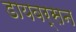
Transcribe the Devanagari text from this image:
डायवर्सन